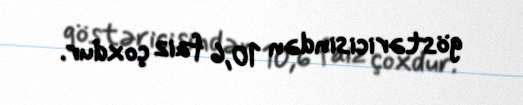
göstəricisindən 10,6 faiz çoxdur.